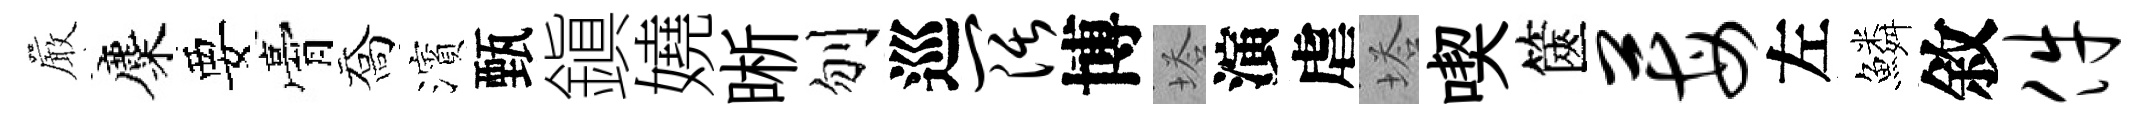
巖麋要膏喬濱甄鎭嬈晰刎巡阔博塔演虐塔喫篋莓左鱗敘件